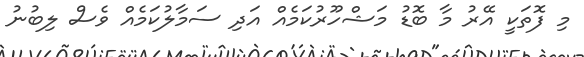
މި ފޮތަކީ އޭރު މާ ބޮޑު މަޝްހޫރުކަމެއް އަދި ސަމާލުކަމެއް ވެސް ލިބުނު